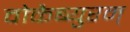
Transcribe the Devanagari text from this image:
वोकैब्युरम्